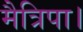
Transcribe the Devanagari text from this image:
मैत्रिपा।